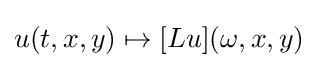
u(t,x,y)\mapsto [Lu](\omega ,x,y)